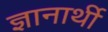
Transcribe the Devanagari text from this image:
ज्ञानार्थी